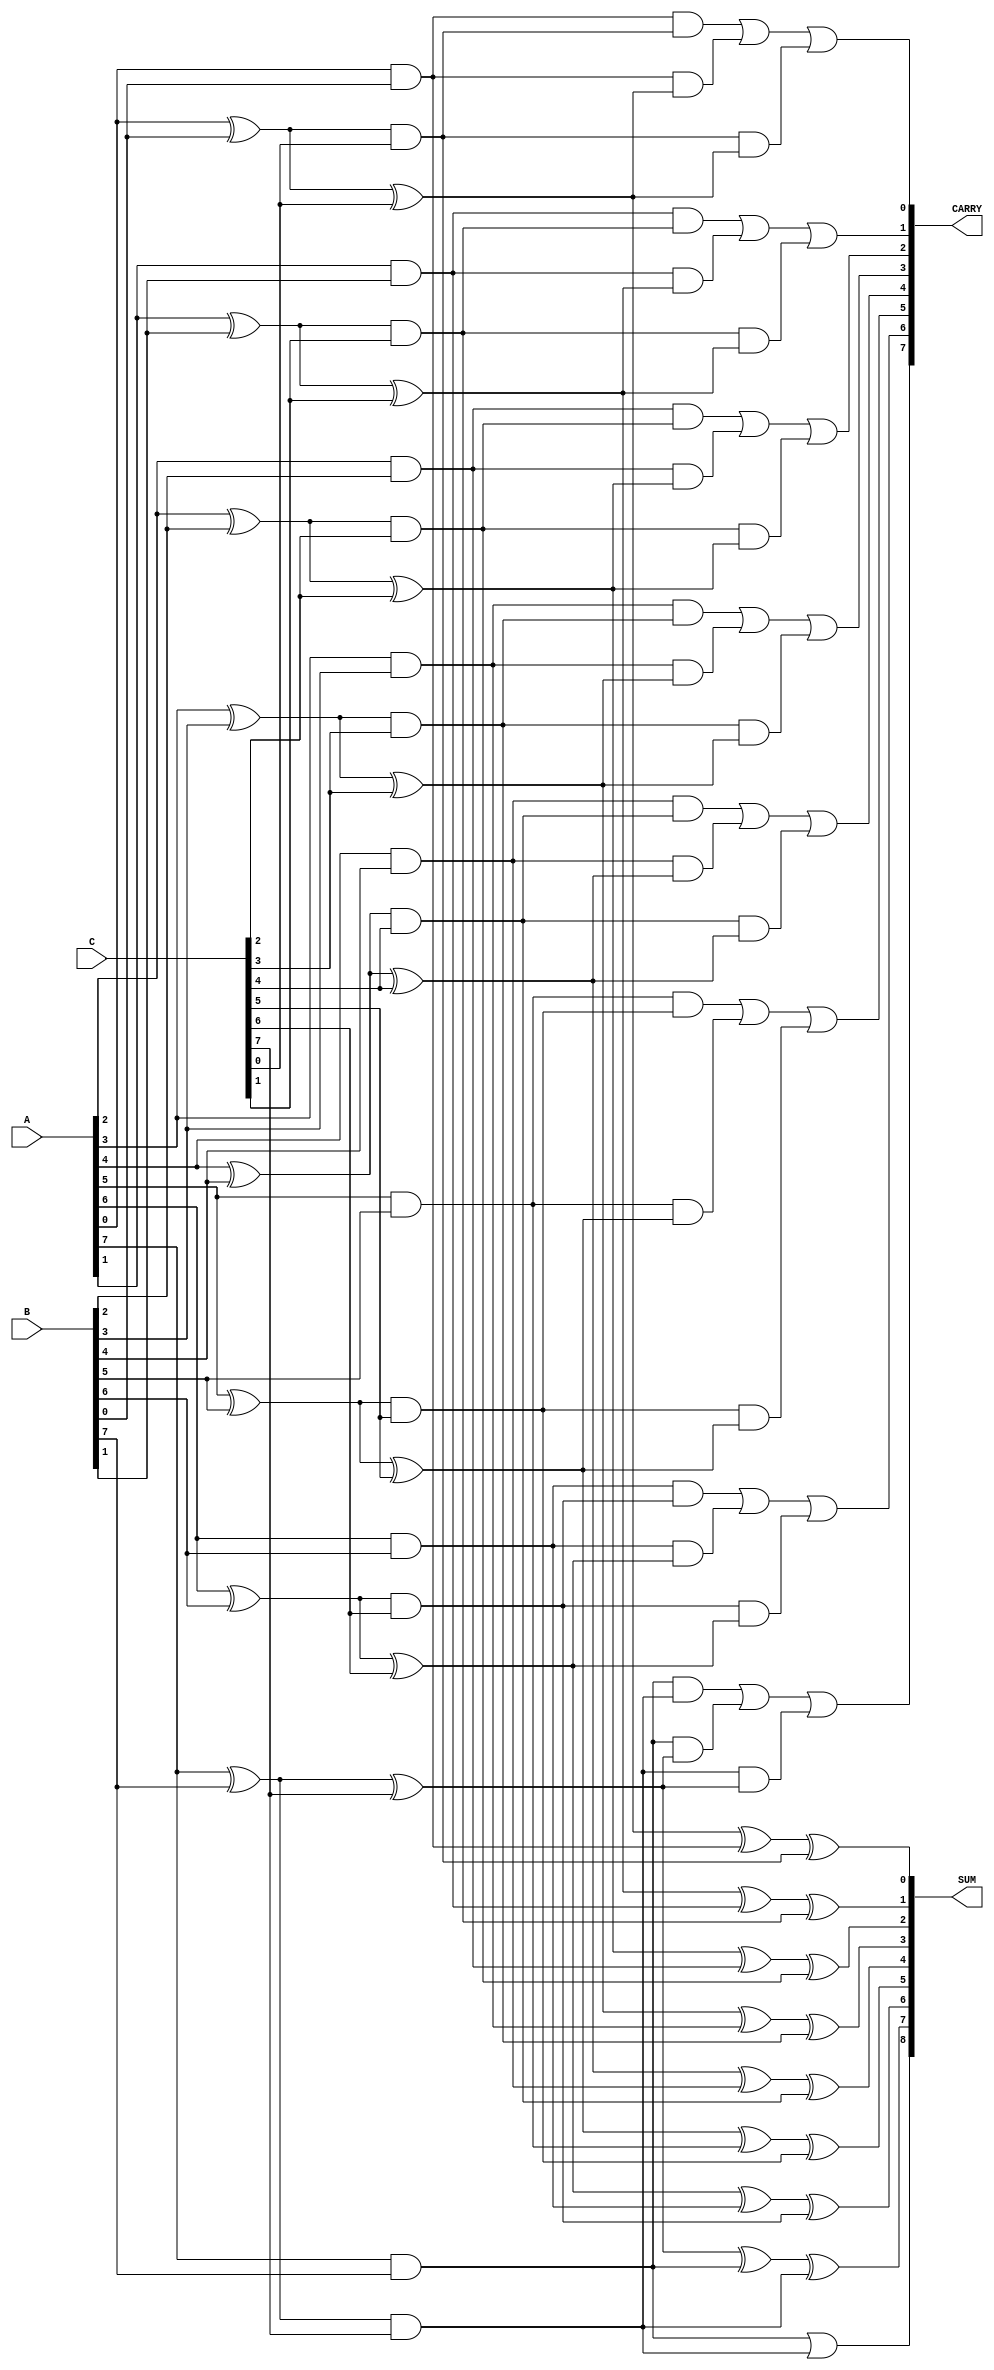
module CarrySaveAdder #(
    parameter WIDTH = 8 // Width of the input numbers
)(
    input  wire [WIDTH-1:0] A, // First input
    input  wire [WIDTH-1:0] B, // Second input
    input  wire [WIDTH-1:0] C, // Third input
    output wire [WIDTH:0] SUM,  // Final sum output (WIDTH+1 to accommodate carry)
    output wire [WIDTH:0] CARRY  // Final carry output
);

    // Intermediate partial sums and carries
    wire [WIDTH-1:0] PS1, PS2, PS3; // Partial sums
    wire [WIDTH-1:0] C1, C2, C3;     // Carries

    // Generate partial sums and carries for the first stage
    genvar i;
    generate
        for (i = 0; i < WIDTH; i = i + 1) begin : CSA_stage1
            assign PS1[i] = A[i] ^ B[i]; // Partial sum of A and B
            assign C1[i] = A[i] & B[i];   // Carry from A and B
            
            assign PS2[i] = PS1[i] ^ C[i]; // Partial sum of PS1 and C
            assign C2[i] = PS1[i] & C[i];   // Carry from PS1 and C
        end
    endgenerate

    // Final stage to combine partial sums and carries
    generate
        for (i = 0; i < WIDTH; i = i + 1) begin : CSA_stage2
            assign SUM[i] = PS2[i] ^ C1[i] ^ C2[i]; // Final sum
            assign CARRY[i] = (C1[i] & C2[i]) | (C1[i] & PS2[i]) | (C2[i] & PS2[i]); // Final carry
        end
    endgenerate

    // Final carry out
    assign SUM[WIDTH] = C1[WIDTH-1] | C2[WIDTH-1]; // Carry out for the last bit

endmodule